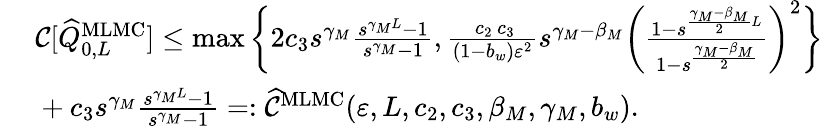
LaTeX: \begin{array}{rl}&{\ {\mathcal{C}}[\widehat{Q}_{0,L}^{\mathrm{MLMC}}]\leq\operatorname*{max}\bigg\{ 2c_{3}s^{\gamma_{M}}\frac{s^{\gamma_{M}L}-1}{s^{\gamma_{M}}-1},\frac{\, c_{2}\, c_{3}}{(1-b_{w})\varepsilon^{2}}s^{\gamma_{M}-\beta_{M}}\bigg(\frac{1-s^{\frac{\gamma_{M}-\beta_{M}}{2}L}}{1-s^{\frac{\gamma_{M}-\beta_{M}}{2}}}\bigg)^{2}\bigg\} }\\ &{\ +c_{3}s^{\gamma_{M}}\frac{s^{\gamma_{M}L}-1}{s^{\gamma_{M}}-1}=:\widehat{{\mathcal{C}}}^{\mathrm{MLMC}}(\varepsilon,L,c_{2},c_{3},\beta_{M},\gamma_{M},b_{w}).}\end{array}